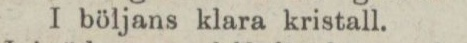
I böljans klara kristall.